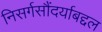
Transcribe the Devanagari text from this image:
निसर्गसौंदर्याबद्दल